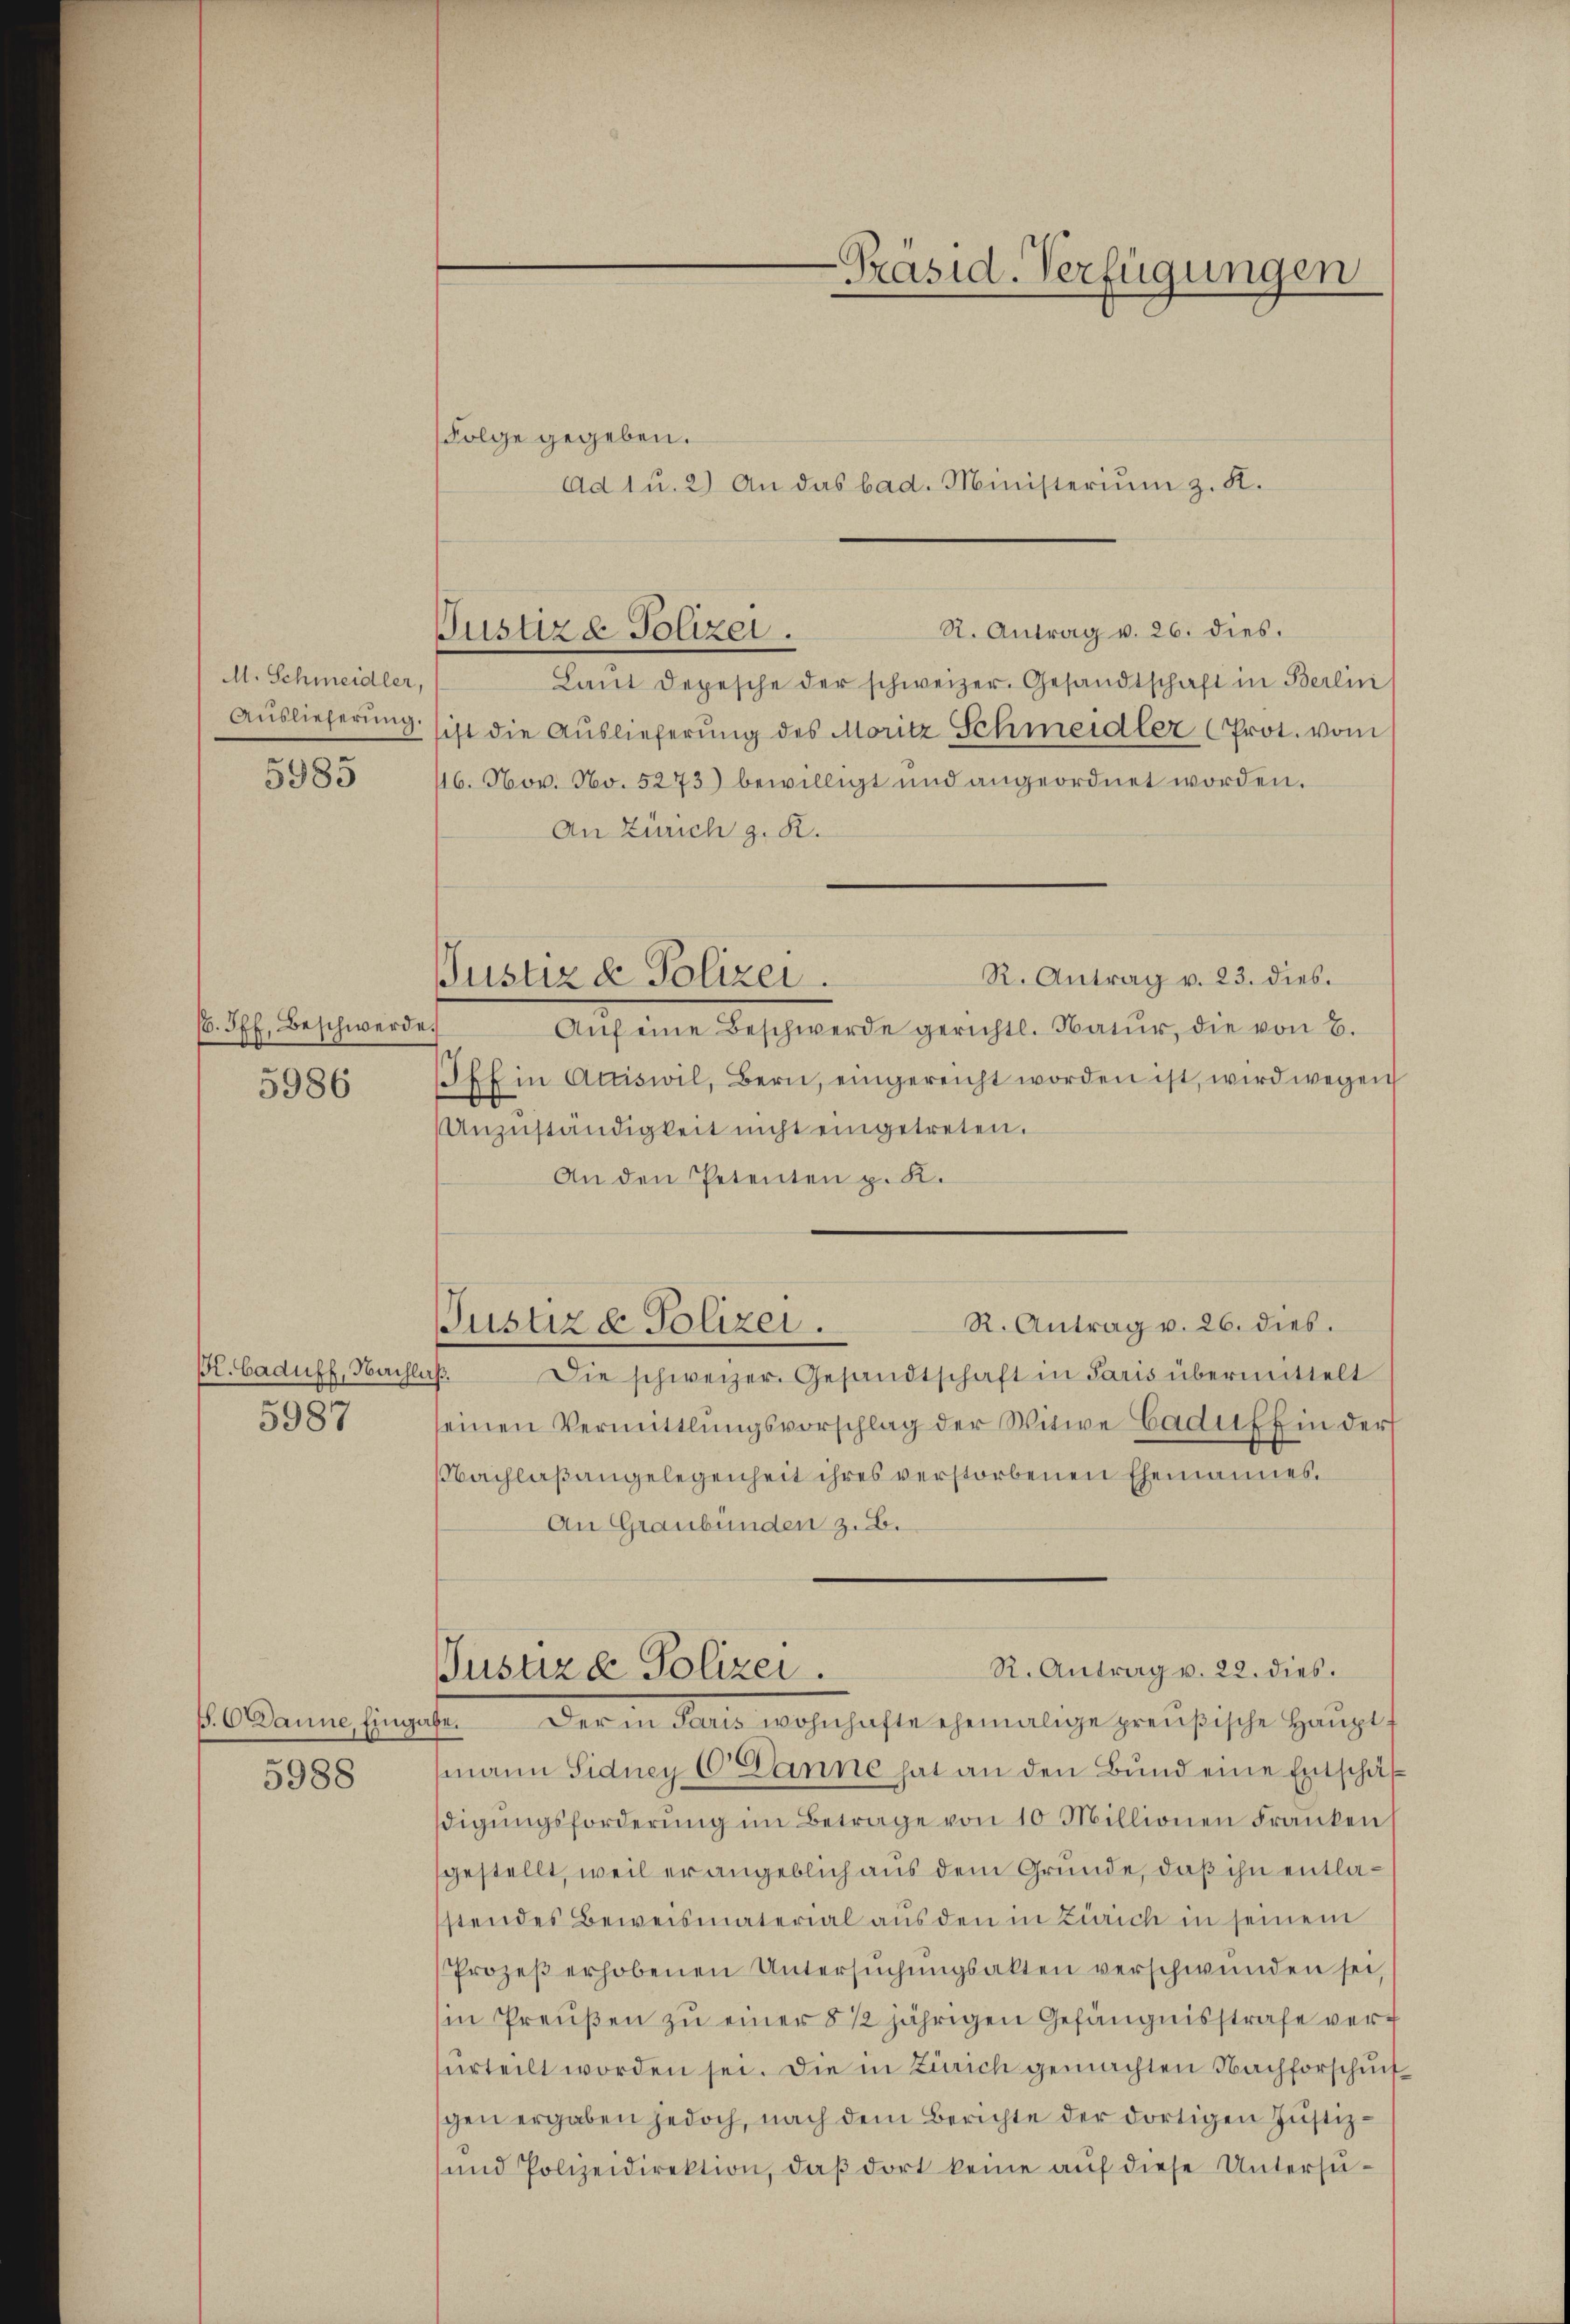
M. Schmeidler,
Auslieferung.

5985

(. Off. Beschwerde
5986

St. Gaduff, Nachli

5987

s. Danne, fing

5988

Folge gegeben.
Ad 1 u. 2) An das bad. Ministerium z. K.
R. Antrag v. 26. dies.
Laŭt Depesche der schweizer. Gesandtschaft in Berlin
ist die Auslieferung des Moritz Schmeidler (Prot. vom
16. Nov. No. 5273) bewilligt und angeordnet worden.
An Zürich z. R.
R. Antrag v. 23. dies.
Aŭf eine Beschwerde gerichtl. Natur, die von B.
Pff in Actiswil, Bern, eingereicht worden ist, wird wegen
Anzŭständigkeit nicht eingetreten.
An den Petenten p. K.
E
Die schweizer. Gesandtschaft in Paris übermittelt
seinen Vermittlungsvorschlag der Witwe Caduff in der
Nachlaßangelegenheit ihres verstorbenen Ehemannes.
An Graubünden z. B.
R. Antrag v. 22. dies.
Justiz & Polizei.
Der in Reals wohnhafte ehemalige preußische Haupts
be.
mann Sidney C anne hat an den Bund eine Entschäf
digungsforderung im Betrage von 10 Millionen Franken
gestellt, weil er angeblich aus dem Grunde, daß ihn entlastendes Beweismaterial aus den in Zürich in seinem
Prozeβ erhobenen Untersŭchŭngsakten verschwunden sei
in Preußen zu einer § 12 jährigen Gefängnisstrafe verurteilt worden sei. Die in Zürich gemachten Nachforschuß
sgen ergaben jedoch, nach dem Berichte der dortigen Justiz-
und Polizeidirektion, daβ dort keine aŭf diese Untersŭ-

Justiz & Polizei.

Justiz & Polizei.

R. Antrag v. 26. dies.
Justiz & Polizei.

-Präsid. Verfügungen